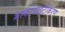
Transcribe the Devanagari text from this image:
मस्कोवाइटीकरण